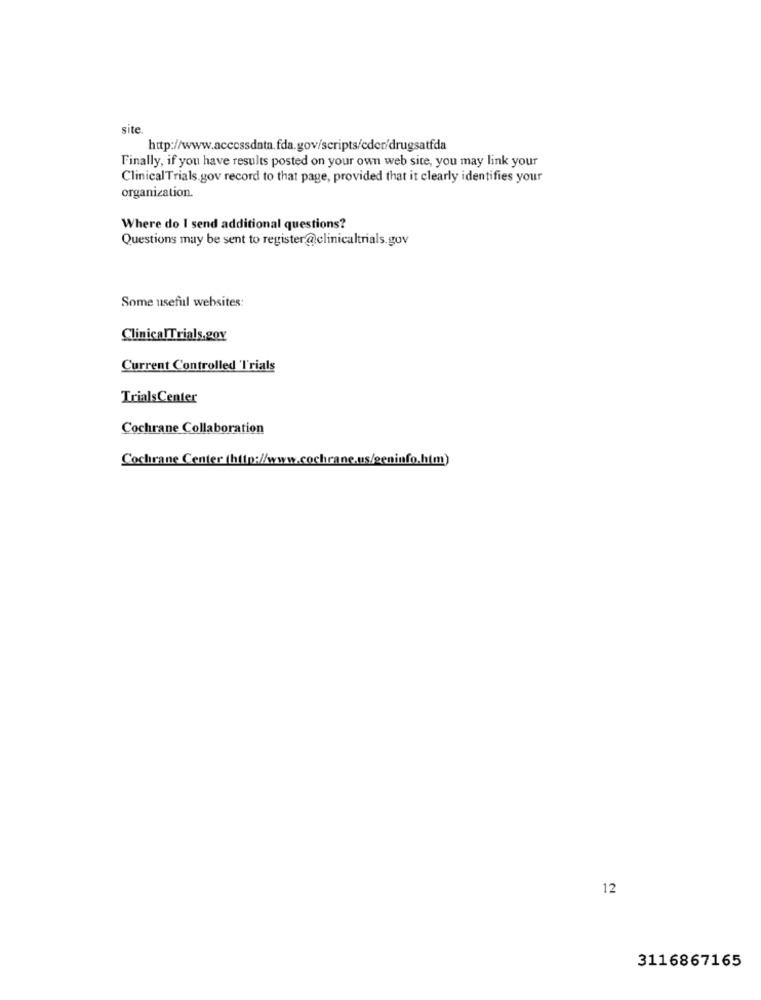
site
http://www.accessdata.fda.gov/scripts/cder/drugsatfda
Finally, if you have results posted on your own web site, you may link your
ClinicalTrials.gov record to that page, provided that it clearly identifies your
organization.
Where do I send additional questions?
Questions may be sent to register@clinicaltrials.gov
Some useful websites:
ClinicalTrials.gov
Current Controlled Trials
Trials Center
Cochrane Collaboration
Cochrane Center (http://www.cochrane.us/geninfo.htm)
12
3116867165